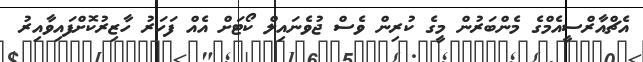
އެޗްއާރްސީއެމްގެ މެންބަރުން މީގެ ކުރިން ވެސް ޖުވެނައިލް ކޯޓަށް އެއް ފަހަރު ހާޒިރުކޮށްފައިވާއިރު